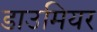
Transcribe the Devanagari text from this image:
डाउमियर